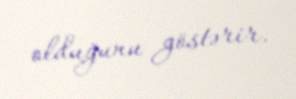
olduğunu göstərir.